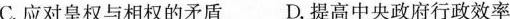
C.应对皇权与相权的矛盾D.提高中央政府行政效率